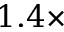
1 . 4 \times